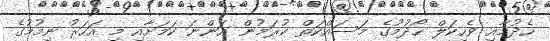
ހެދުމާއި ވެހިކަލް ހޯދުމުގެ މަސައްކަތް ކުރަމުން އަންނަ ކަމަށާއި މި އަހަރު ނިމުމުގެ